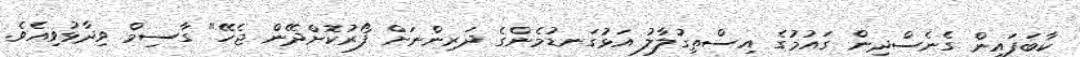
ކާބަފައިން ގެނެސްދިން ގައުމުގެ އިސްތިގުލާލު އަޅުގަނޑުމެންގެ ދަރިންނަށް ފޯރުކޮށްދޭން ޖެހޭ" ގާސިމް ވިދާޅުވިއެވެ.